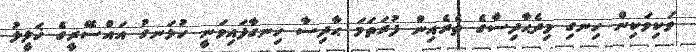
ވަކިވަކިން ހިނގި މިދެޙާދިސާގެ ތެރެއިން ފުރަތަމަ ޙާދިސާ ހިނގާފައިވަނީ ހުޅަނގު އައްސޭރީގެ ޚަލީލު